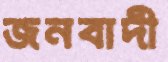
জনবাদী